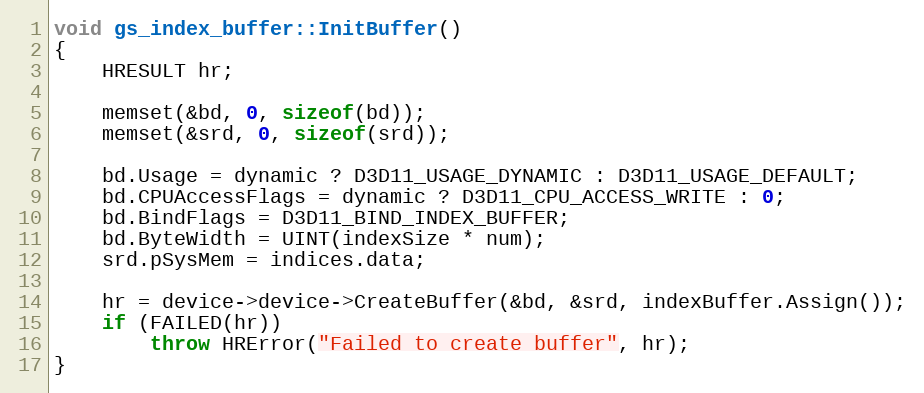
Language: C++
void gs_index_buffer::InitBuffer()
{
	HRESULT hr;

	memset(&bd, 0, sizeof(bd));
	memset(&srd, 0, sizeof(srd));

	bd.Usage = dynamic ? D3D11_USAGE_DYNAMIC : D3D11_USAGE_DEFAULT;
	bd.CPUAccessFlags = dynamic ? D3D11_CPU_ACCESS_WRITE : 0;
	bd.BindFlags = D3D11_BIND_INDEX_BUFFER;
	bd.ByteWidth = UINT(indexSize * num);
	srd.pSysMem = indices.data;

	hr = device->device->CreateBuffer(&bd, &srd, indexBuffer.Assign());
	if (FAILED(hr))
		throw HRError("Failed to create buffer", hr);
}